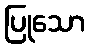
ပြုသော